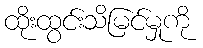
ထိုးထွင်းသိမြင်မှုကို